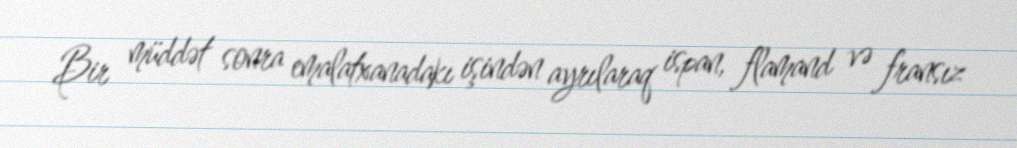
Bir müddət sonra emalatxanadakı işindən ayrılaraq ispan, flamand və fransız